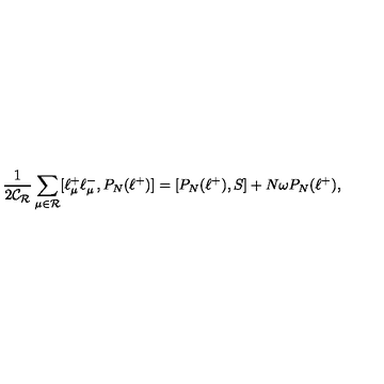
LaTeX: \frac { 1 } { 2 \mathcal { C _ { R } } } \sum _ { \mu \in \mathcal { R } } [ \ell _ { \mu } ^ { + } \ell _ { \mu } ^ { - } , P _ { N } ( \ell ^ { + } ) ] = [ P _ { N } ( \ell ^ { + } ) , S ] + N \omega P _ { N } ( \ell ^ { + } ) ,